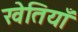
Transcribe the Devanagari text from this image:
खेतियाँ